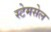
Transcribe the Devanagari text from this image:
स्टेमसेल